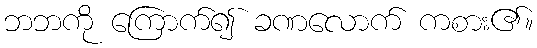
ဘဘကို ကြောက်၍ ခဏလောက် ကစား၏။